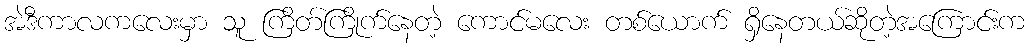
အဲဒီကာလကလေးမှာ သူ ကြိတ်ကြိုက်နေတဲ့ ကောင်မလေး တစ်ယောက် ရှိနေတယ်ဆိုတဲ့အကြောင်းက